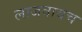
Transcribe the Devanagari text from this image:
लाजवाबच